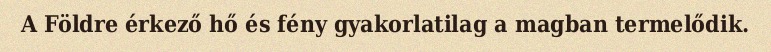
A Földre érkező hő és fény gyakorlatilag a magban termelődik.